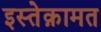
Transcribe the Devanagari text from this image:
इस्तेक़ामत